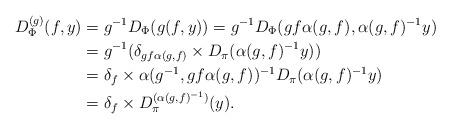
LaTeX: \begin{align*}D_{\Phi}^{(g)}(f,y) &= g^{-1}D_{\Phi}(g(f,y)) = g^{-1}D_{\Phi}(gf\alpha(g,f),\alpha(g,f)^{-1}y) \\&= g^{-1}(\delta_{gf\alpha(g,f)} \times D_{\pi}(\alpha(g,f)^{-1}y)) \\&= \delta_{f} \times \alpha(g^{-1},gf\alpha(g,f))^{-1}D_{\pi}(\alpha(g,f)^{-1}y) \\&= \delta_{f} \times D_{\pi}^{(\alpha(g,f)^{-1})}(y).\end{align*}